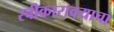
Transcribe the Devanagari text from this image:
स्वीकारावयाचा